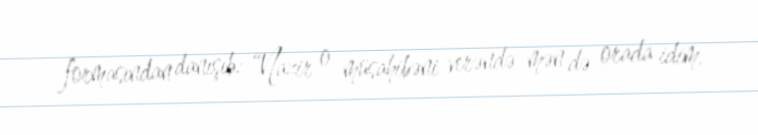
formasından danışıb: “Nazir o müsahibəni verəndə mən də orada idim.